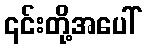
၎င်းတို့အပေါ်